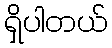
ရှိပါတယ်